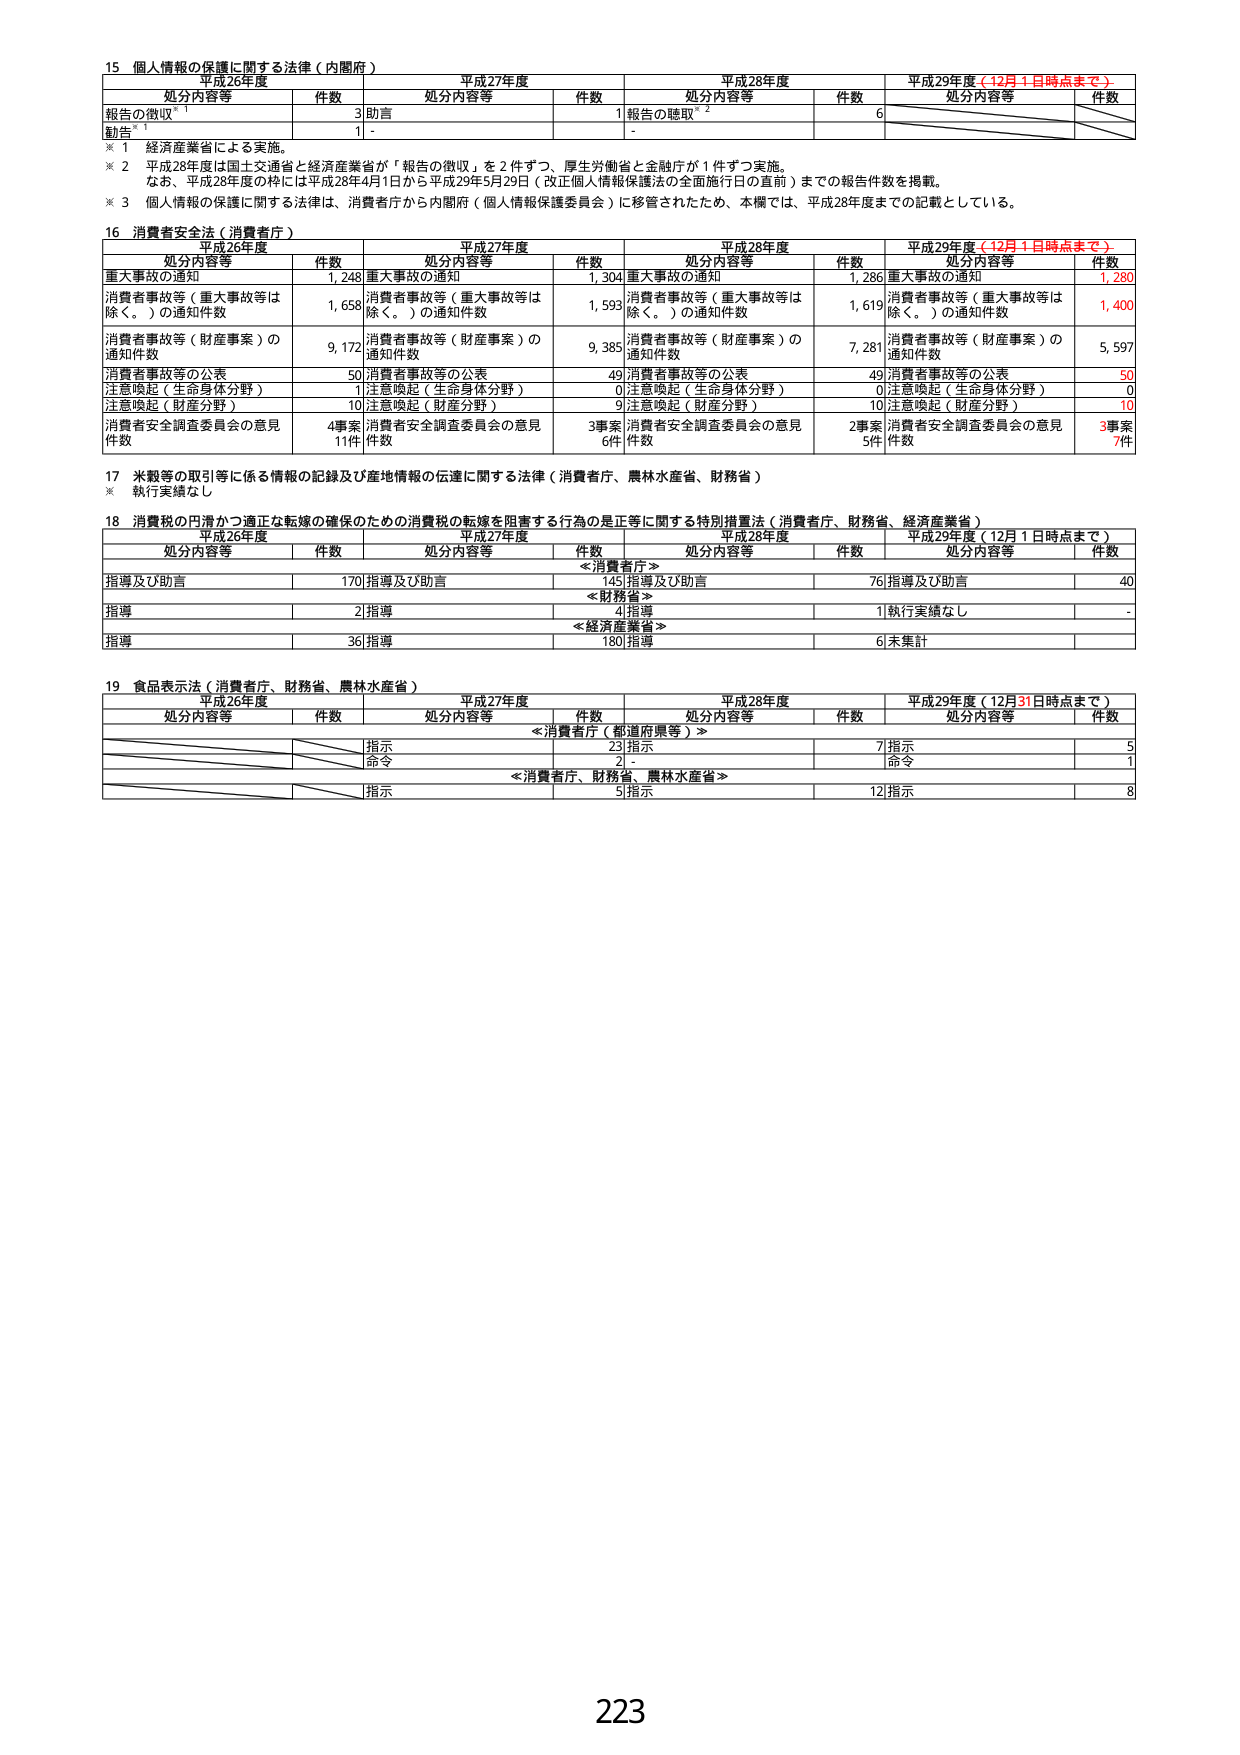
15 個人情報の保護に関する法律（内閣府）
平成26年度 平成27年度 平成28年度 平成29年度（12月1日時点まで）
処分内容等 件数 処分内容等 件数 処分内容等 件数 処分内容等 件数
報告の徴収 3 助言 1 報告の聴取 6
勧告 1 - - -
※1 経済産業省による実施。
※2 平成28年度は国土交通省と経済産業省が「報告の徴収」を2件ずつ、厚生労働省と金融庁が1件ずつ実施。
なお、平成28年度の枠には平成28年4月1日から平成29年5月29日（改正個人情報保護法の全面施行日の直前）までの報告件数を掲載。
※3 個人情報の保護に関する法律は、消費者庁から内閣府（個人情報保護委員会）に移管されたため、本欄では、平成28年度までの記載としている。

16 消費者安全法（消費者庁）
平成26年度 平成27年度 平成28年度 平成29年度（12月1日時点まで）
処分内容等 件数 処分内容等 件数 処分内容等 件数 処分内容等 件数
重大事故の通知 1,248 重大事故の通知 1,304 重大事故の通知 1,286 重大事故の通知 1,280
消費者事故等（重大事故等は除く。）の通知件数 1,658 消費者事故等（重大事故等は除く。）の通知件数 1,593 消費者事故等（重大事故等は除く。）の通知件数 1,619 消費者事故等（重大事故等は除く。）の通知件数 1,400
消費者事故等（財産事案）の通知件数 9,172 消費者事故等（財産事案）の通知件数 9,385 消費者事故等（財産事案）の通知件数 7,281 消費者事故等（財産事案）の通知件数 5,597
消費者事故等の公表 50 消費者事故等の公表 49 消費者事故等の公表 49 消費者事故等の公表 50
注意喚起（生命身体分野） 1 注意喚起（生命身体分野） 0 注意喚起（生命身体分野） 0 注意喚起（生命身体分野） 0
注意喚起（財産分野） 10 注意喚起（財産分野） 9 注意喚起（財産分野） 10 注意喚起（財産分野） 10
消費者安全調査委員会の意見件数 4事案 11件 消費者安全調査委員会の意見件数 3事案 6件 消費者安全調査委員会の意見件数 2事案 5件 消費者安全調査委員会の意見件数 3事案 7件

17 米穀等の取引等に係る情報の記録及び産地情報の伝達に関する法律（消費者庁、農林水産省、財務省）
※ 執行実績なし

18 消費税の円滑かつ適正な転嫁の確保のための消費税の転嫁を阻害する行為の是正等に関する特別措置法（消費者庁、財務省、経済産業省）
平成26年度 平成27年度 平成28年度 平成29年度（12月1日時点まで）
処分内容等 件数 処分内容等 件数 処分内容等 件数 処分内容等 件数
＜消費者庁＞
指導及び助言 170 指導及び助言 145 指導及び助言 76 指導及び助言 40
＜財務省＞
指導 2 指導 4 指導 1 執行実績なし -
＜経済産業省＞
指導 36 指導 180 指導 6 未集計

19 食品表示法（消費者庁、財務省、農林水産省）
平成26年度 平成27年度 平成28年度 平成29年度（12月31日時点まで）
処分内容等 件数 処分内容等 件数 処分内容等 件数 処分内容等 件数
＜消費者庁（都道府県等）＞
指示 23 指示 7 指示 5
命令 2 - 命令 1
＜消費者庁、財務省、農林水産省＞
指示 5 指示 12 指示 8

223